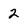
Character: 2